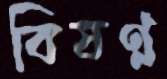
বিষণ্ণ